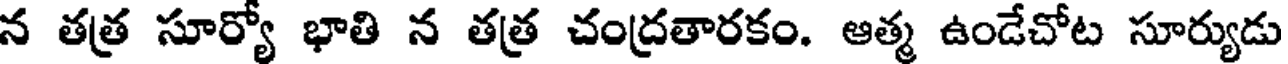
న తత్ర సూర్యో భాతి న తత్ర చంద్రతారకం. ఆత్మ ఉండేచోట సూర్యుడు